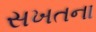
સખતના